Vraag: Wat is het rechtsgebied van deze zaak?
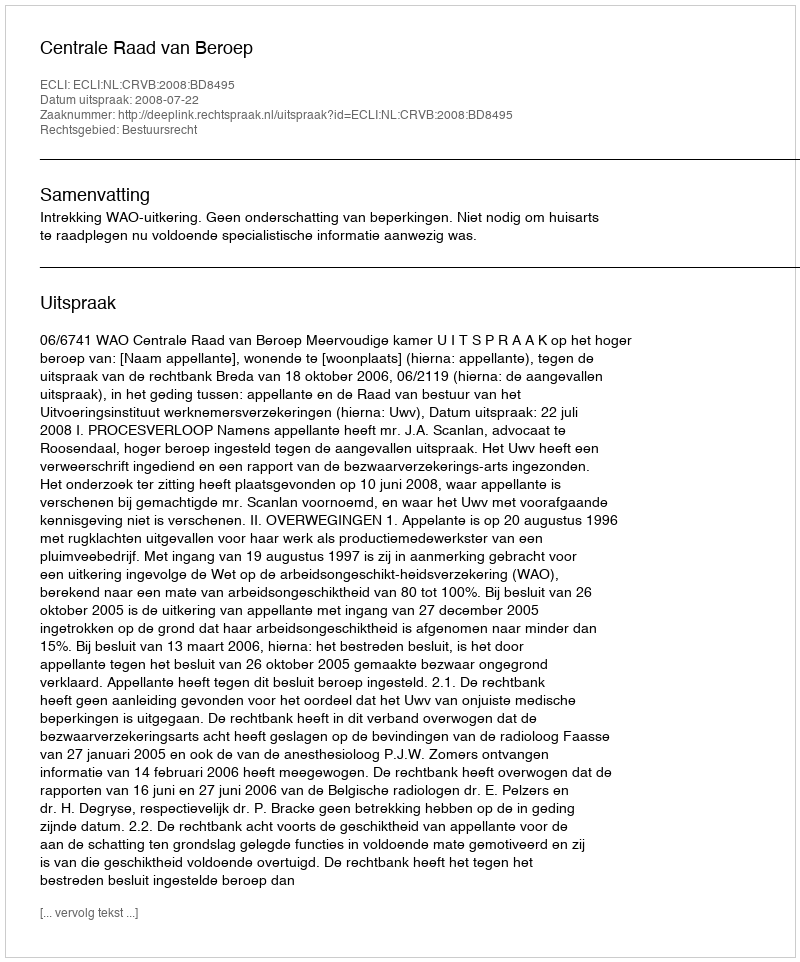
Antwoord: Bestuursrecht